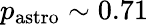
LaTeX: p_{\mathrm{{astro}}}\sim 0.71